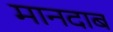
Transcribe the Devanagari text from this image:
मानदाब